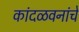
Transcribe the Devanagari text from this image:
कांदळवनांचे